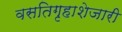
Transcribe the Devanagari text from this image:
वसतिगृहाशेजारी